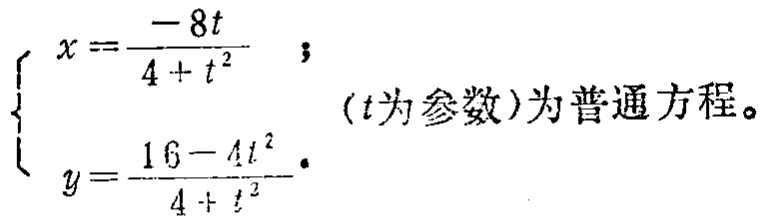
命题为真.